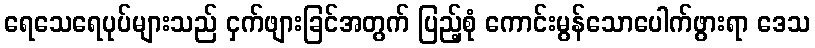
ရေသေရေပုပ်များသည် ငှက်ဖျားခြင်အတွက် ပြည့်စုံ ကောင်းမွန်သောပေါက်ဖွားရာ ဒေသ